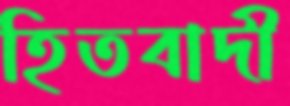
হিতবাদী